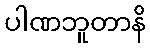
ပါဏဘူတာနိ